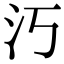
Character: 汅